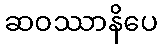
ဆဝဿာနိပေ